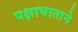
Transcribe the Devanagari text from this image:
पक्षाघाताने